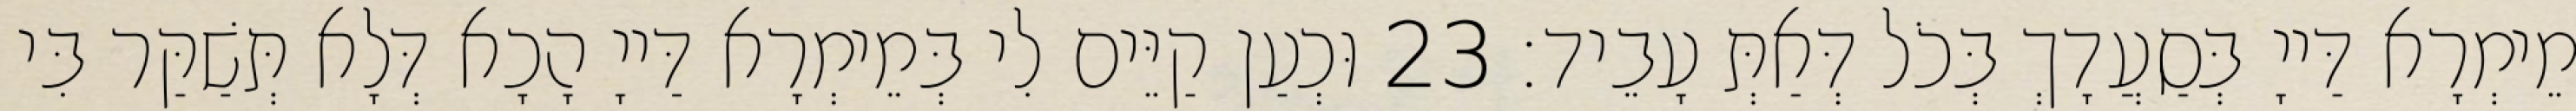
מֵימְרָא דַּייָ בְּסַעֲדָךְ בְּכֹל דְּאַתְּ עָבֵיד׃ 23 וּכְעַן קַיֵּים לִי בְּמֵימְרָא דַּייָ הָכָא דְּלָא תְּשַׁקַּר בִּי